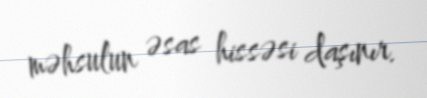
məhsulun əsas hissəsi daşınır.